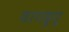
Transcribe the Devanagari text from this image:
वागडूगू